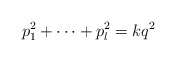
\begin{align*}p_1^2 + \cdots + p_l^2 = k q^2\end{align*}